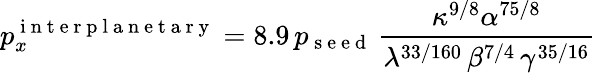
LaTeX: p_{x}^{\mathrm{~i~n~t~e~r~p~l~a~n~e~t~a~r~y~}}=8.9\, p_{\mathrm{~s~e~e~d~}}\, \frac{\kappa^{9/8}\alpha^{75/8}}{\lambda^{33/160}\, \beta^{7/4}\, \gamma^{35/16}}